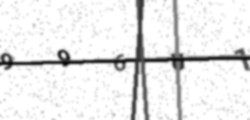
Text: 996U1